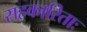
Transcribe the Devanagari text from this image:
सहकारिताः